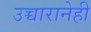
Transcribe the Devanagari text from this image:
उच्चारानेही